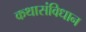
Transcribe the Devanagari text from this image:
कथासंविधान